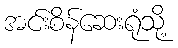
အင်းစိန်ဆေးရုံသို့